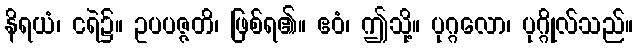
နိရယံ၊ ငရဲ၌။ ဥပပဇ္ဇတိ၊ ဖြစ်ရ၏။ ဧဝံ၊ ဤသို့။ ပုဂ္ဂလော၊ ပုဂ္ဂိုလ်သည်။